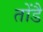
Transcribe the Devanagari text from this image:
तोंडै